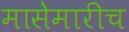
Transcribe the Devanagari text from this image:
मासेमारीच